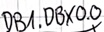
Text: DB1.DBX0.0